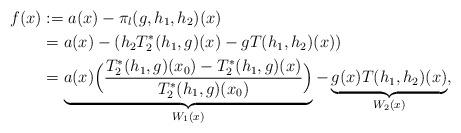
LaTeX: \begin{align*}f(x)&:= a(x) - \pi_{l}(g,h_{1},h_{2})(x)\\& = a(x) - (h_{2} T_{2}^{*}(h_{1},g)(x) - gT(h_{1},h_{2})(x))\\&= \underbrace{a(x) \Big( \frac{T_{2}^{*}(h_{1},g)(x_{0}) - T_{2}^{*}(h_{1},g)(x)}{T_{2}^{*}(h_{1},g)(x_{0})}\Big)}_{W_{1}(x)} - \underbrace{g(x) T(h_{1},h_{2})(x)}_{W_{2}(x)},\\\end{align*}